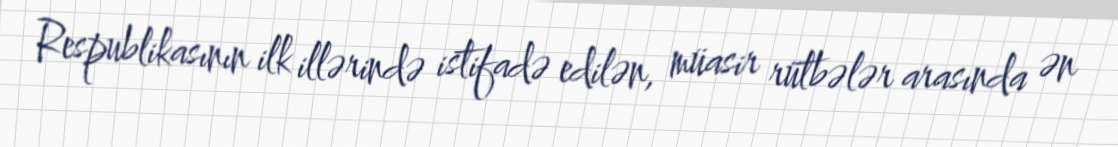
Respublikasının ilk illərində istifadə edilən, müasir rütbələr arasında ən